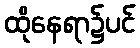
ထိုနေရာ၌ပင်